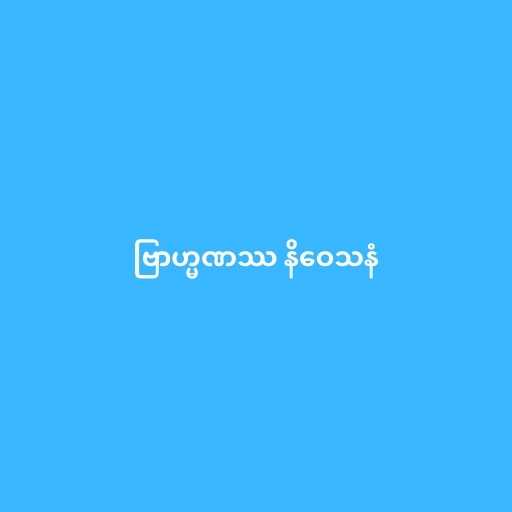
ဗြာဟ္မဏဿ နိဝေသနံ